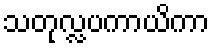
သတုလ္လပကာယိကာ